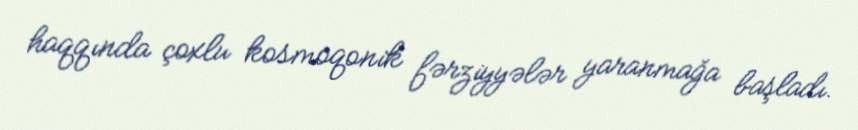
haqqında çoxlu kosmoqonik fərziyyələr yaranmağa başladı.